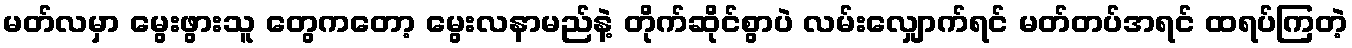
မတ်လမှာ မွေးဖွားသူ တွေကတော့ မွေးလနာမည်နဲ့ တိုက်ဆိုင်စွာပဲ လမ်းလျှောက်ရင် မတ်တပ်အရင် ထရပ်ကြတဲ့